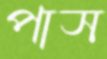
পাস